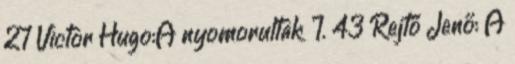
27 Victor Hugo:A nyomorultak I. 43 Rejtő Jenő: A